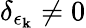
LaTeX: \delta_{\epsilon_{\mathbf k}}\neq 0